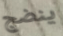
ينضج